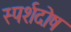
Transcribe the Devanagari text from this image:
स्पर्शदोष